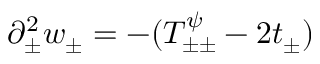
\partial _ { \pm } ^ { 2 } w _ { \pm } = - ( T _ { \pm \pm } ^ { \psi } - 2 t _ { \pm } )